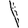
Digit: 1